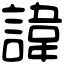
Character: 諱